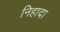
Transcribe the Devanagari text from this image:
निहादा